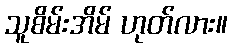
သူစိမ်းအိမ် ဟုတ်လား။